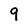
Character: q